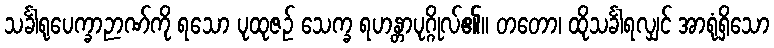
သင်္ခါရုပေက္ခာဉာဏ်ကို ရသော ပုထုဇဉ် သေက္ခ ရဟန္တာပုဂ္ဂိုလ်၏။ တတော၊ ထိုသင်္ခါရလျှင် အာရုံရှိသော